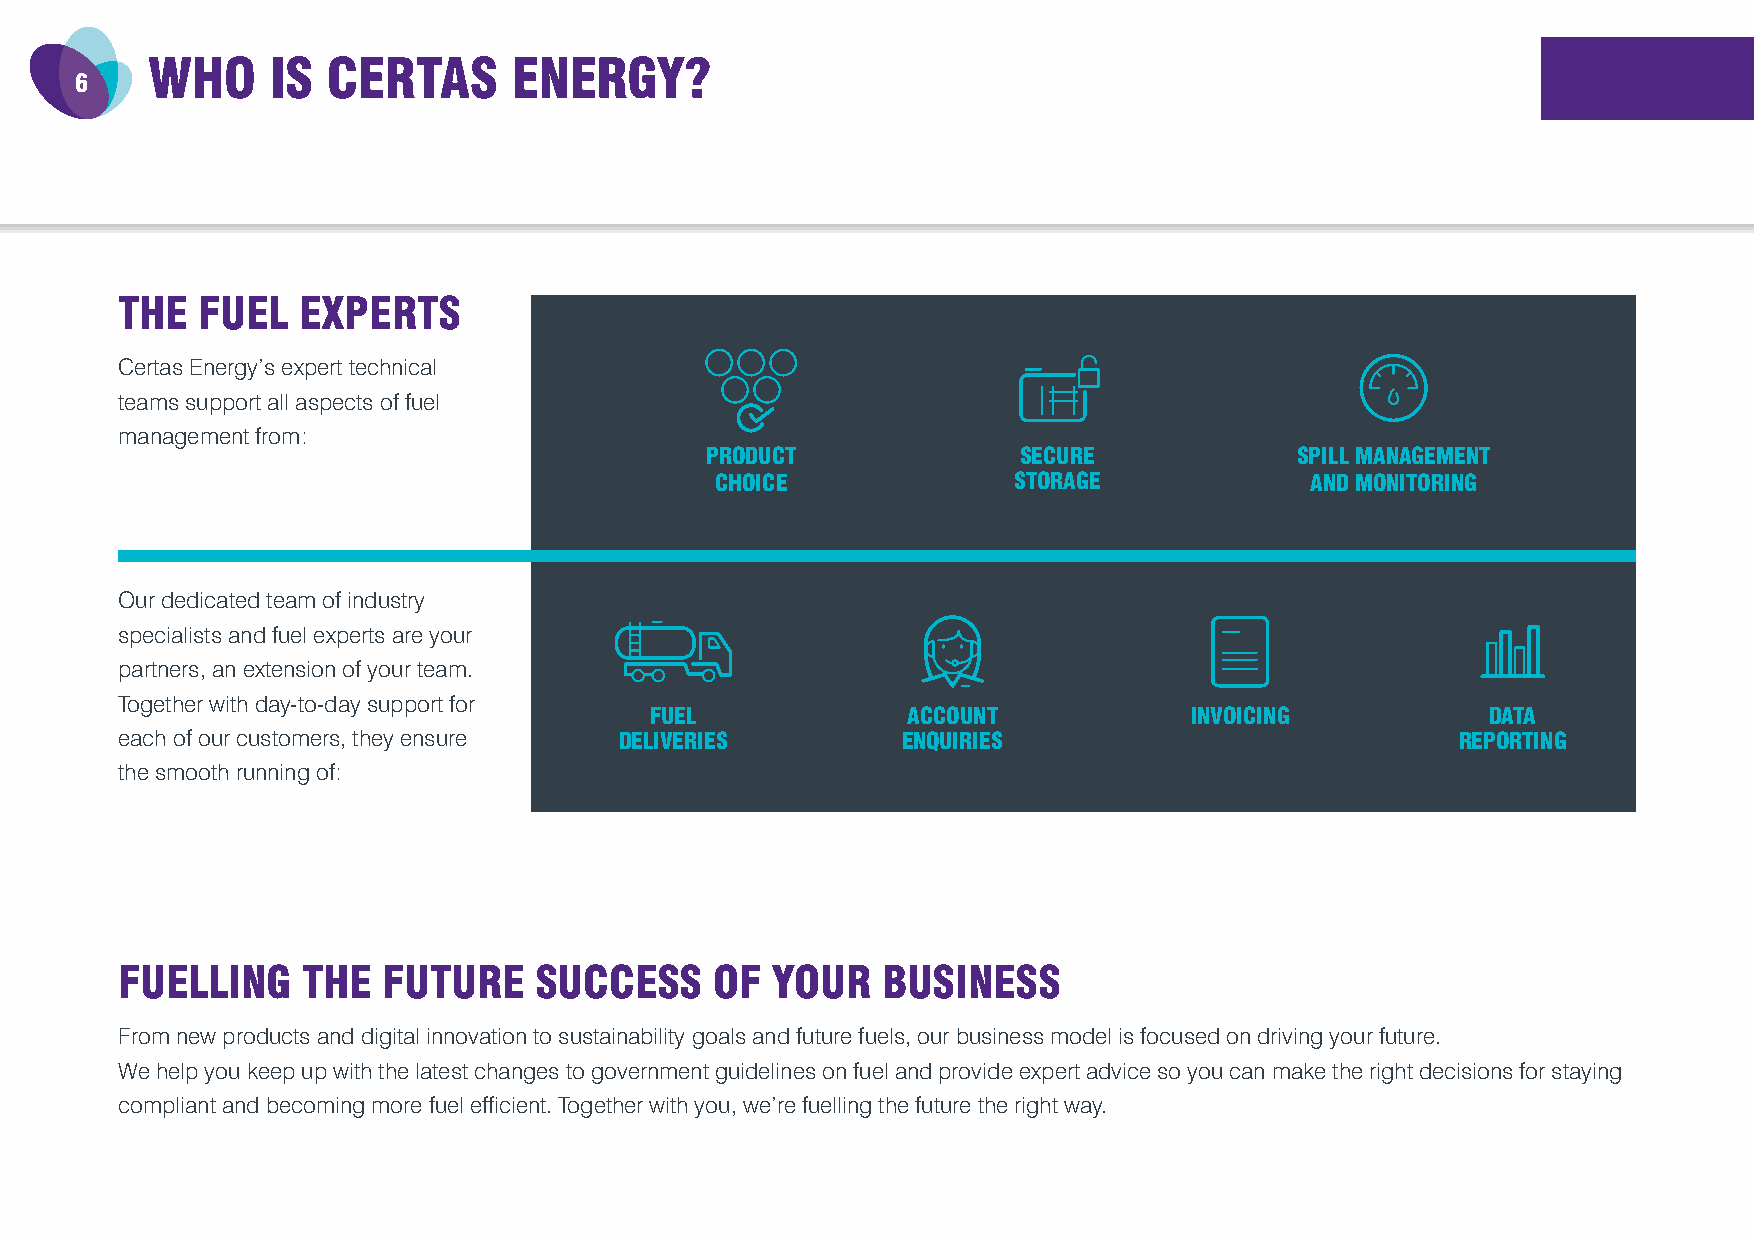
WHO     IS  CERTAS      ENERGY?
 6
 THE  FUEL   EXPERTS
 Certas Energy’s expert technical
 teams support all aspects of fuel
 management from:
 PRODUCT              SECURE            SPILL MANAGEMENT
 CHOICE              STORAGE             AND MONITORING
 Our dedicated team of industry
 specialists and fuel experts are your
 partners, an extension of your team.
 Together with day-to-day support for
 FUEL             ACCOUNT            INVOICING           DATA
 each of our customers, they ensure DELIVERIES       ENQUIRIES                            REPORTING
 the smooth running of:
 FUELLING    THE  FUTURE    SUCCESS     OF  YOUR   BUSINESS
 From new products and digital innovation to sustainability goals and future fuels, our business model is focused on driving your future.
 We help you keep up with the latest changes to government guidelines on fuel and provide expert advice so you can make the right decisions for staying
 compliant and becoming more fuel efficient. Together with you, we’re fuelling the future the right way.